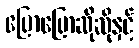
ပြောပြောဆိုဆိုနှင့်